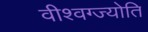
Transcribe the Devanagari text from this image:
वीश्वग्ज्योति